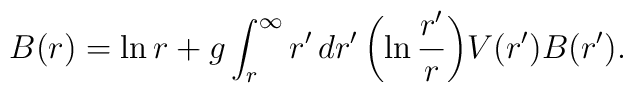
B(r)=\ln r + g\int_r^{\infty}r'\,dr'\,\biggl(\ln {r'\over r}\biggr)V(r')B(r').